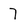
Character: 7